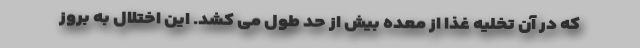
که در آن تخلیه غذا از معده بیش از حد طول می کشد. این اختلال به بروز